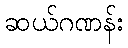
ဆယ်ဂဏန်း